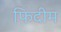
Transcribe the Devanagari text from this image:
फिदीम